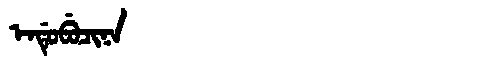
Manchu: ᡝᠨᡩᡠᠪᡠᠴᡳᠨᠠ
Romanization: ENDUBUCINA